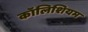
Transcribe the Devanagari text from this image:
कॉलिशियम